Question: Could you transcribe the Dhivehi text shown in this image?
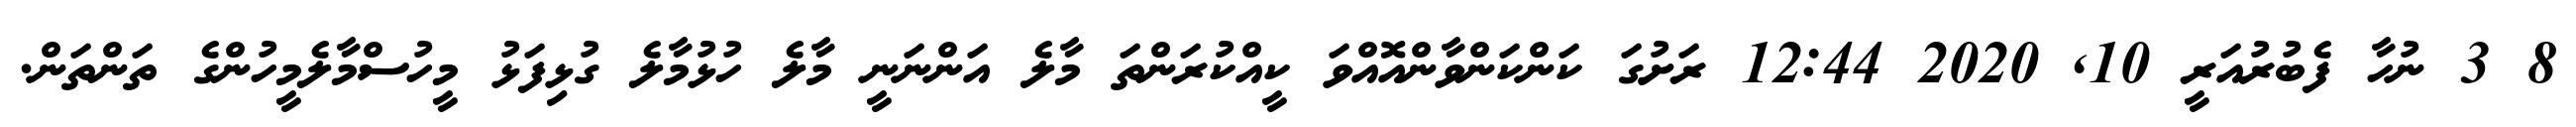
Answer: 8 3 ނުހާ ފެބުރުއަރީ 10, 2020 12:44 ރަށުގަ ކަންކަންވާންއޮއްވަ ކީއްކުރަންތަ މާލެ އަންނަނީ މާލެ ހުޅުމާލެ ގުޅިފަޅު މީހުސްމާލެމީހުންގެ ތަންތަން.